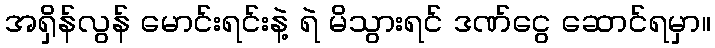
အရှိန်လွန် မောင်းရင်းနဲ့ ရဲ မိသွားရင် ဒဏ်ငွေ ဆောင်ရမှာ။